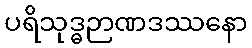
ပရိသုဒ္ဓဉာဏဒဿနော